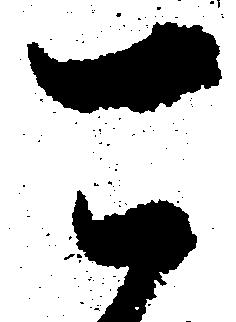
可